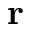
\mathbf { r }